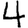
Digit: 4